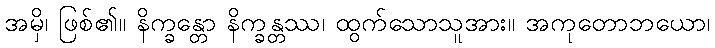
အမှိ၊ ဖြစ်၏။ နိက္ခန္တော နိက္ခန္တဿ၊ ထွက်သောသူအား။ အကုတောဘယော၊